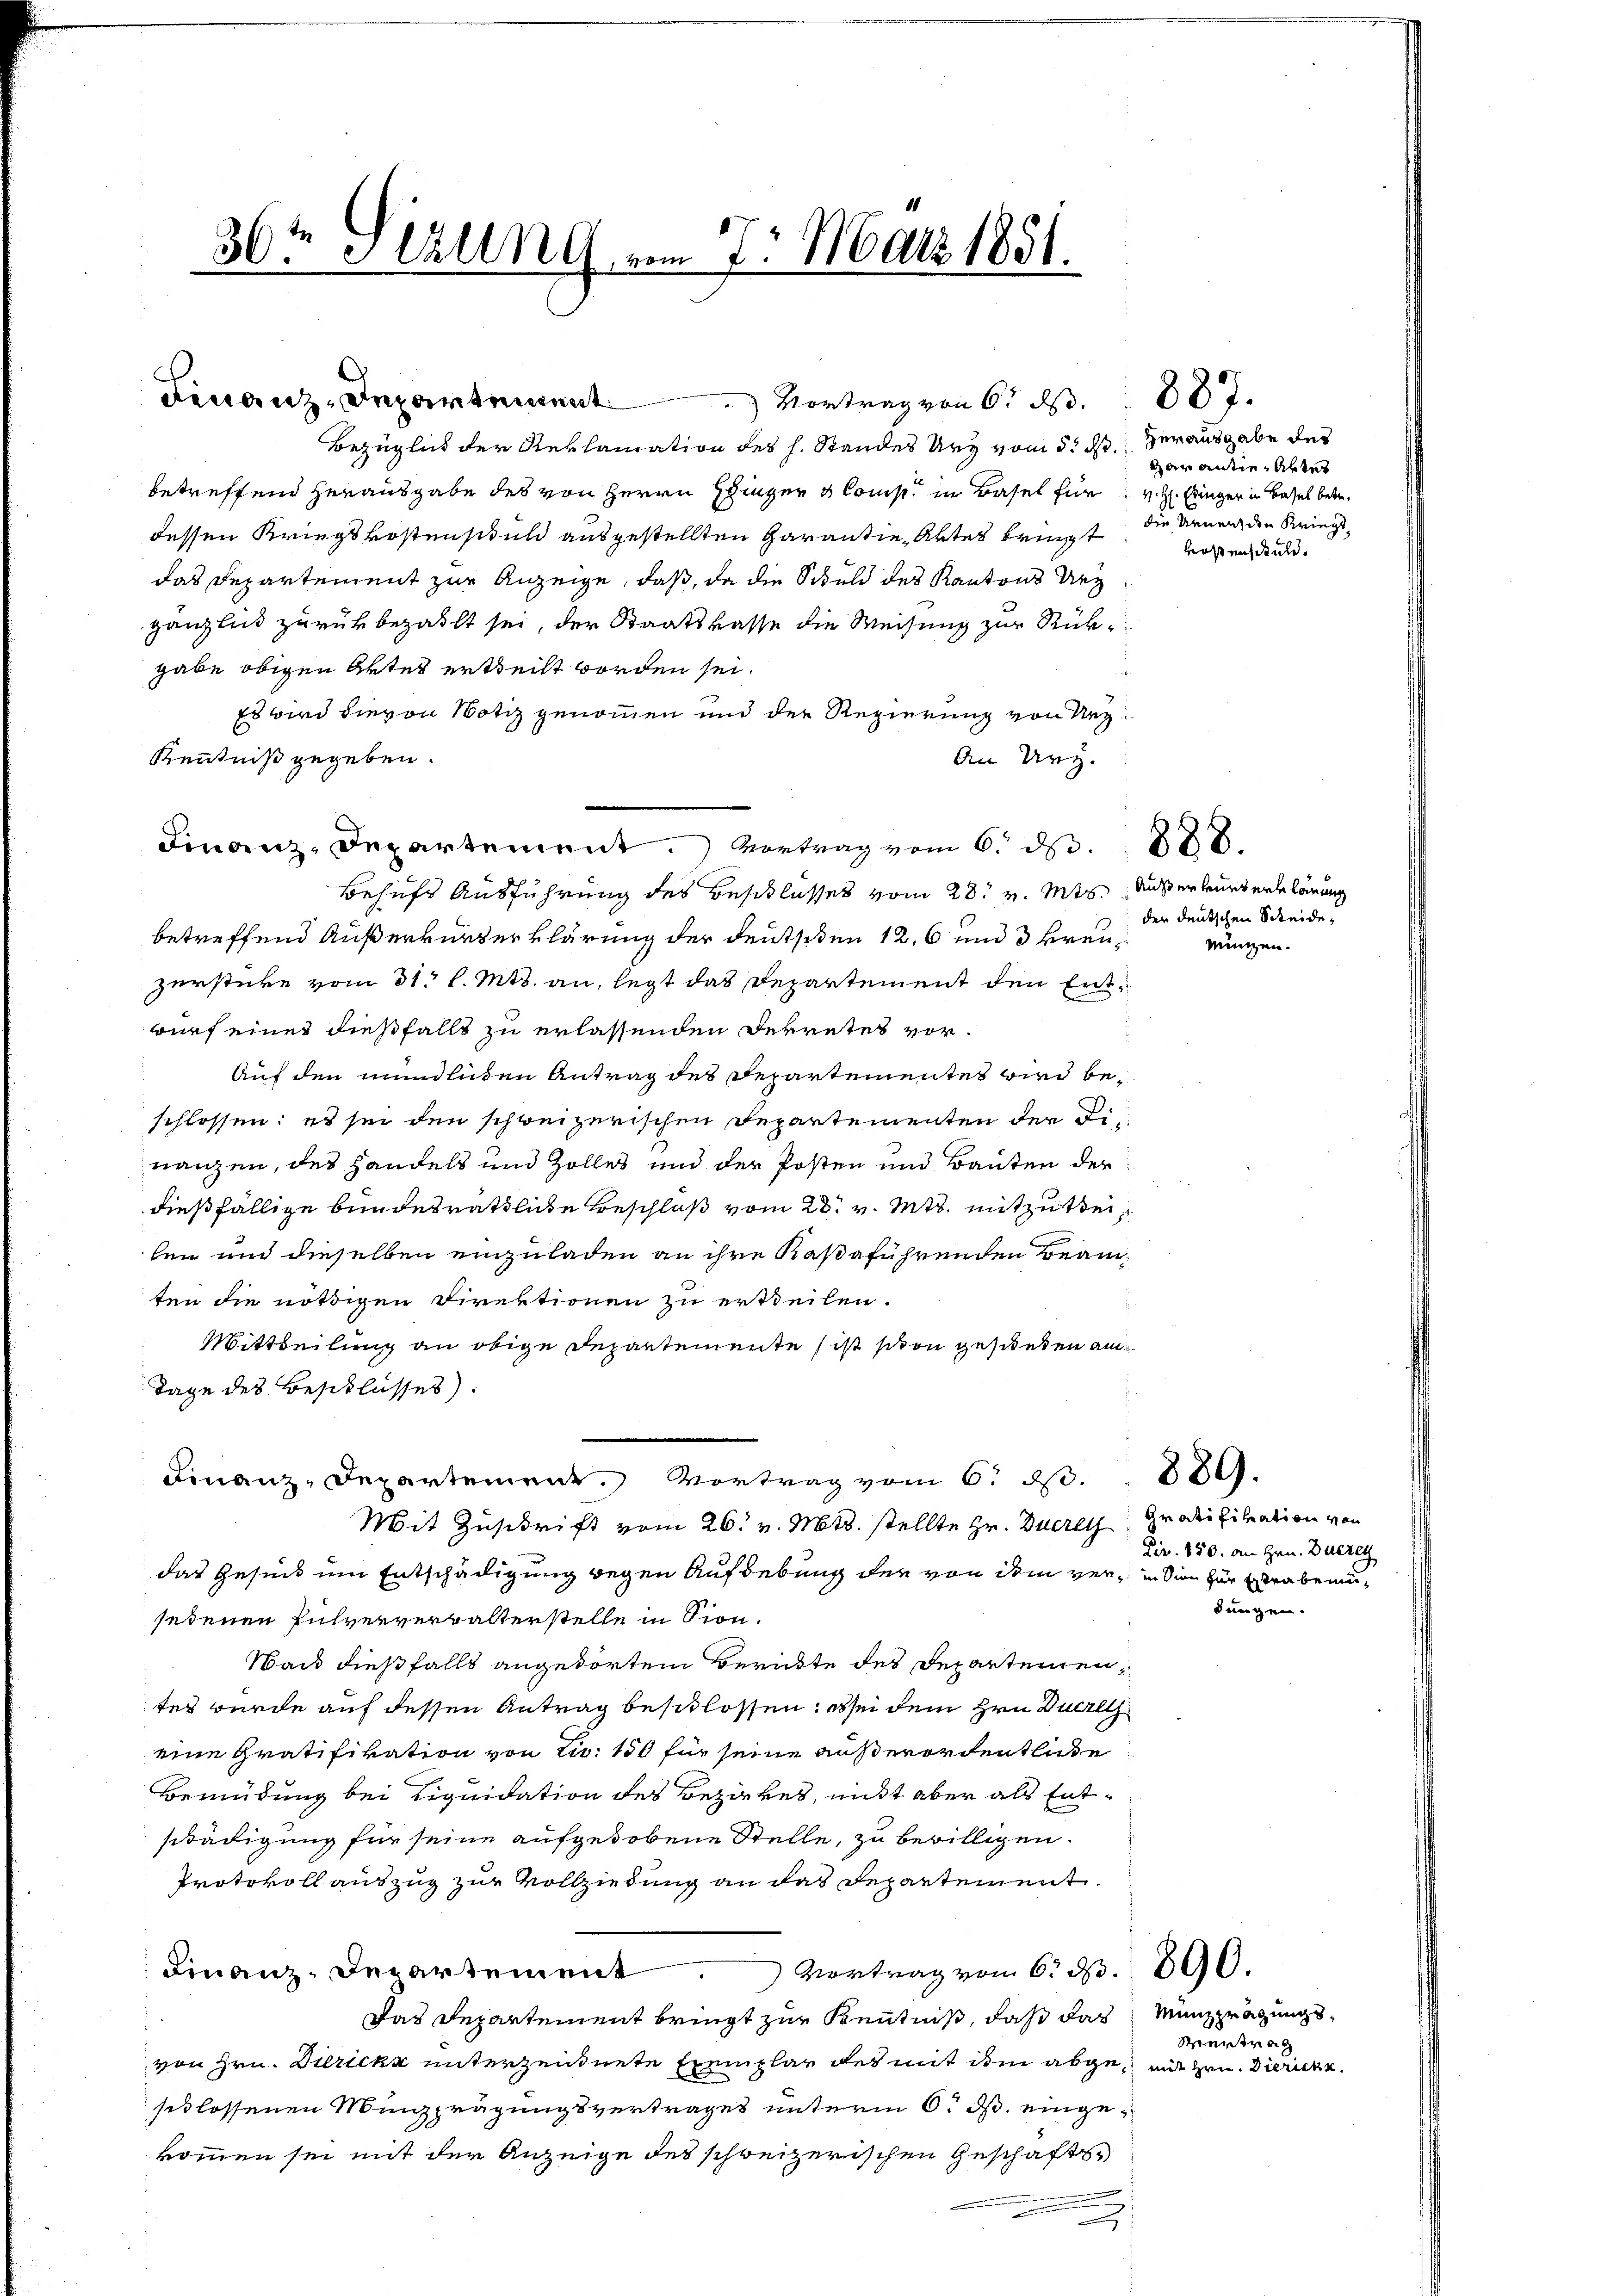
30ten Sizung

Bezüglich der Reklamation des h. Standes Ury vom 5. ds. verausgabe des
betreffend Herausgabe des von Herrn Einger & Comp. in Basel für v. H. Einger in Basel betr.
dessen Kriegskostenstand ausgestellten Garantie, Abtes bringt
das Departement zur Anzeige, daß, da die Schuld des Kantons de
gänzlich zurükbezahlt sei, der Staatskasse die Weisung zur Rükgabe obigen Aktes ertheilt worden sei.
Es wird hievon Notiz genommen und der Regierung von Nez¬
Kenntniß gegeben.
Finanz-Departement. Vortrag vom 6. d. 888.
Behufs Ausführung des Beschlusses vom 28t v. Mts. Außerteurs erklärung
betreffend Außerkurzerklärung der Deutsiden 12, 6 und 3 kreu¬
Zersticke vom 31. l. Mts. an, legt das Departement den Entwurf einer dießfällt zu erlassenden Dekretes vor¬
Auf den mündlichen Antrag des Departementes wird beschlossen: es sei den schweizerischen Departementen der Dinanzen, des Handels und Zolles und der Posten und Bauten der
dießfällige bundesräthliche Beschluß vom 28. v. Mts. mitzutheilen und dieselben einzuladen an ihre Kasaführenden Beamten die nöthigen Direktionen zu ertheilen.
Mittheilung an obige Departemente ist schon gesunden am
Tage des Beschlusses).
Finanz-Departement. Vortrag vom 6. ds.
Mit Zuschrift vom 26. v. Mts. stellte Hr. Zueret
das Gesind um Entschädigung gegen Aufhebung der von dem ver¬ in den zur Verabensedenen Pulververwalterstelle in Sion.
Nach dießfalls angehörten Berichte des Departementes wurde auf dessen Antrag beschlossen: Bei dem Hrn. Walth.
eine Gratifikation von Fr. 150 für seine außerordentliche
Bemühung bei Liquidation des Bezirkes, nicht aber als Entschädigung für seine aufgehobene Stelle, zu bewilligen.
Protokoll auszug zur Vollziehung an das Repartement.
Finanz-Departement
Vortrag vom 6. 33. 890.
Das Departement bringt zur Kenntniß, daß das Münzprägungsvon Hrn. Ditrick unterzendnete Exemplar des mit ihm abge mit Hrn. Diericht
schlossenen Münzprägungsvertrages unterm 6. ds. eingekommen sei mit der Anzeige des schweizerischen Geschäfts¬
u

Finanz-Departement

am 7. März 1851.

An Urz.

garantie. Aben
die Unnen den Kriegt,
kostenstand.

der deutschen Scheide,

münzen.

Gratifikation von
Dir. 850. an Hrn. Dureg

889.

dungen.

Vertrag